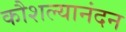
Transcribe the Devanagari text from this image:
कौशल्यानंदन